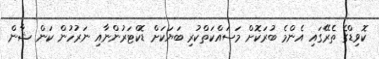
ކޮވިޑްގެ ތެރޭގައި އެންމެ ބުރަކޮށް މަސައްކަތްކުރި ބަޔަކަށް ޑޮކްޓަރުންނާއި ނަރުހުން ކަން ޝާން